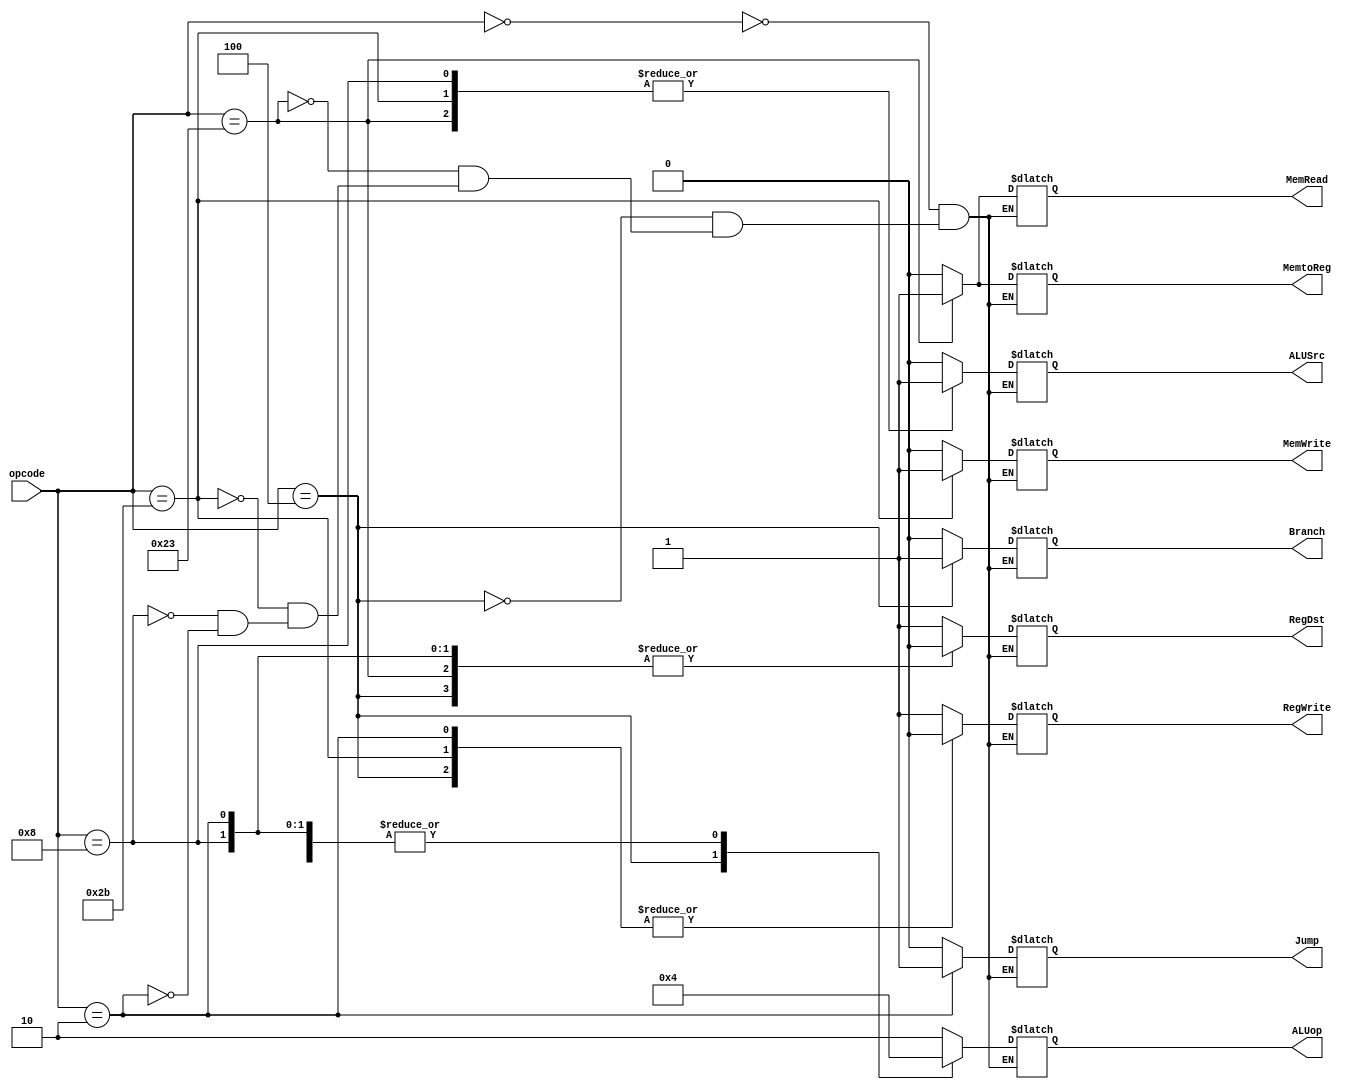
`timescale 1ns / 1ps

module ControlUnit(
    input [5:0] opcode,
    output reg RegDst,
    output reg Jump,
    output reg Branch,
    output reg MemRead,
    output reg MemtoReg,
    output reg [1:0] ALUop,
    output reg MemWrite,
    output reg ALUSrc,
    output reg RegWrite
    );


always@(opcode)

begin
	case(opcode)
	
	// r type
	6'b000000: 
		begin
		RegDst = 1'b1;
		Jump = 1'b0;
		Branch = 1'b0;
		MemRead = 1'b0;
		MemtoReg = 1'b0;
		ALUop = 2'b10;
		MemWrite = 1'b0;
		ALUSrc = 1'b0;
		RegWrite = 1'b1;
		end
	
	// beq
	6'b000100: 
		begin
		RegDst = 1'b0;	//x
		Jump = 1'b0;
		Branch = 1'b1; 
		MemRead = 1'b0;
		MemtoReg = 1'b0;	//x
		ALUop = 2'b01;
		MemWrite = 1'b0;
		ALUSrc = 1'b0;
		RegWrite = 1'b0;
		end
		
	// lw
	6'b100011:
		begin
		RegDst = 1'b0;
		Jump = 1'b0;
		Branch = 1'b0;
		MemRead = 1'b1;
		MemtoReg = 1'b1;
		ALUop = 2'b00;
		MemWrite = 1'b0;
		ALUSrc = 1'b1;
		RegWrite = 1'b1;
		end
	
	//sw
	6'b101011: 
		begin
		RegDst = 1'bx; //x
		Jump = 1'b0;
		Branch = 1'b0;
		MemRead = 1'b0;
		MemtoReg = 1'bx; //x
		ALUop = 2'b00;
		MemWrite = 1'b1;
		ALUSrc = 1'b1;
		RegWrite = 1'b0;
		end
			
	// addi
	6'b001000: 
		begin
		RegDst = 1'b0;
		Jump = 1'b0;
		Branch = 1'b0;
		MemRead = 1'b0;
		MemtoReg = 1'b0;
		ALUop = 2'b00;
		MemWrite = 1'b0;
		ALUSrc = 1'b1;
		RegWrite = 1'b1;
		end
		
	// jump
	6'b000010: 
		begin
		RegDst = 1'b0;
		Jump = 1'b1;
		Branch = 1'b0;
		MemRead = 1'b0;
		MemtoReg = 1'b0;
		ALUop = 2'b00;
		MemWrite = 1'b0;
		ALUSrc = 1'b0;
		RegWrite = 1'b0;
		end
		
	endcase
				
end

endmodule